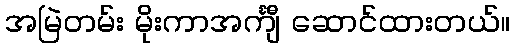
အမြဲတမ်း မိုးကာအင်္ကျီ ဆောင်ထားတယ်။